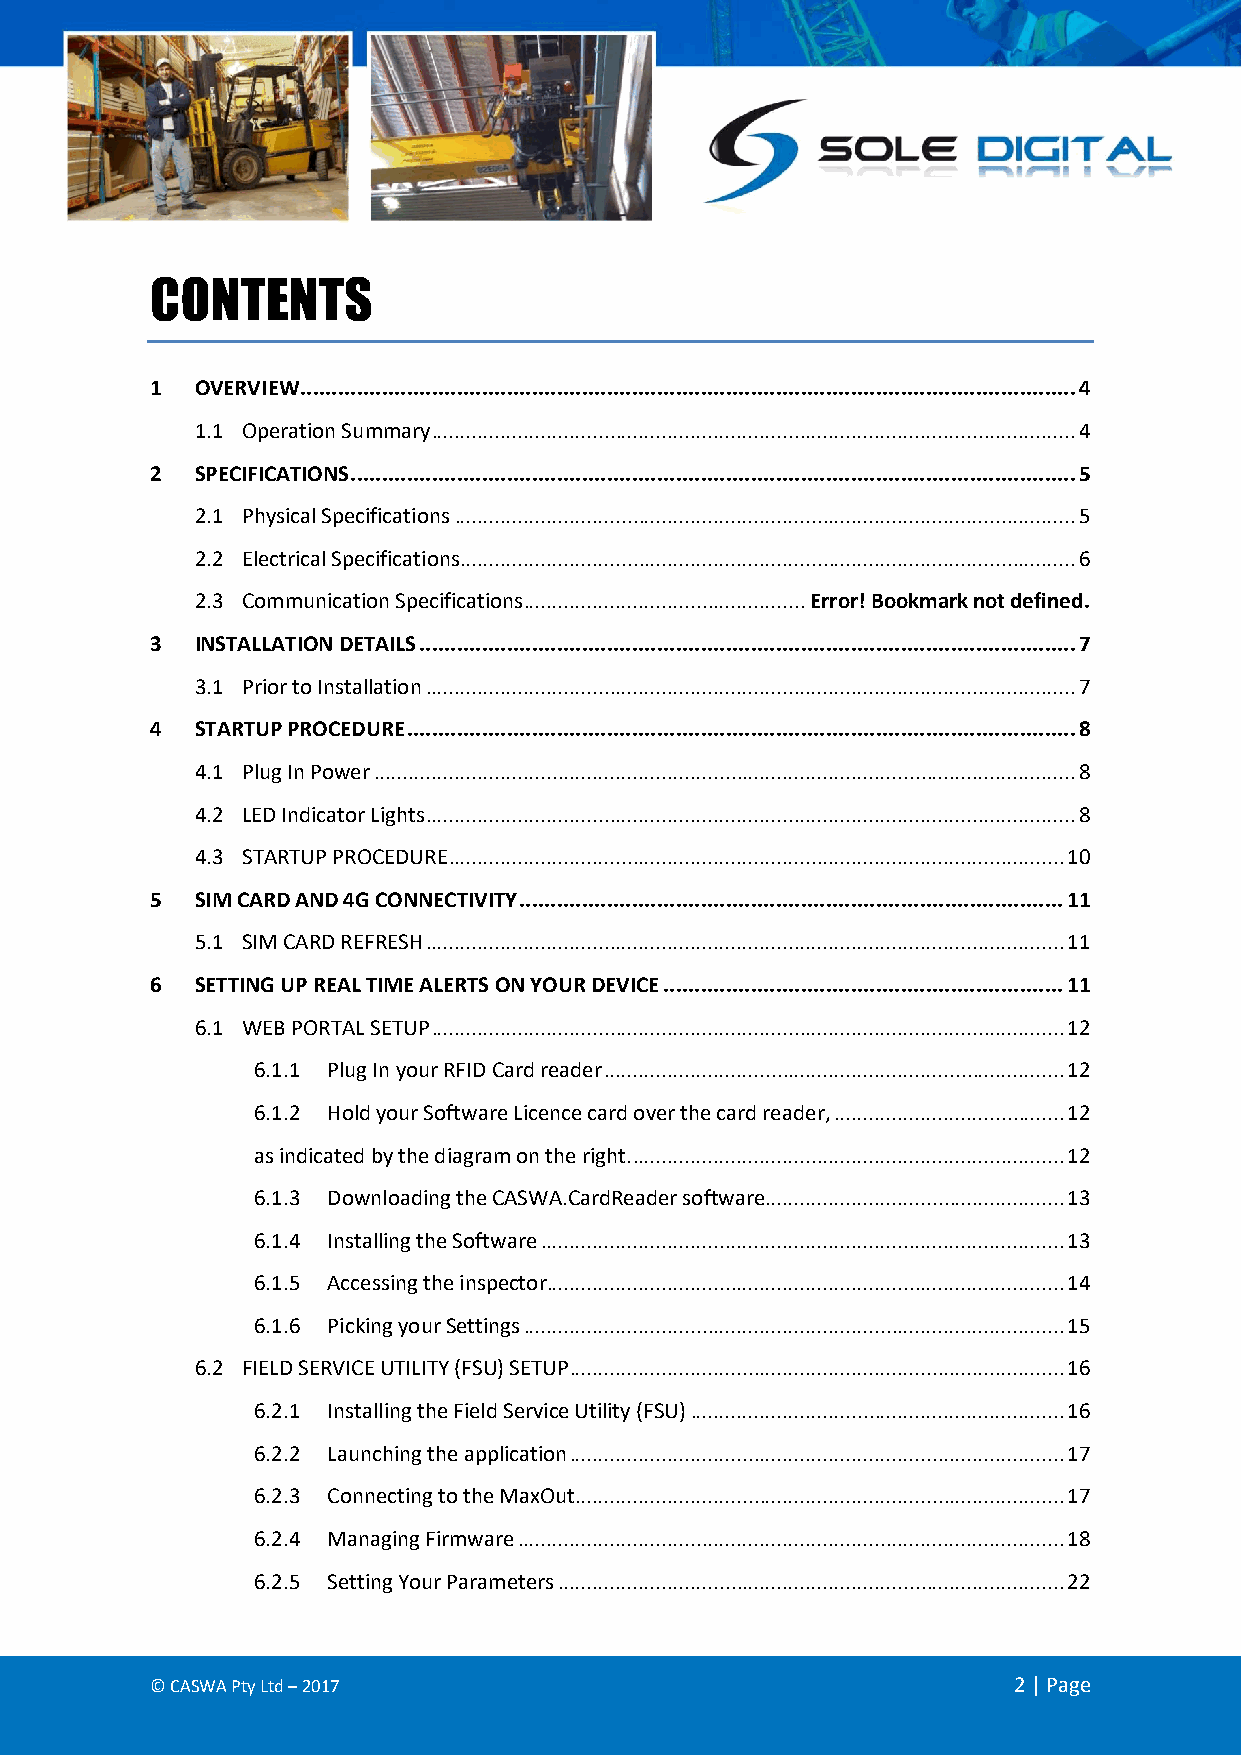
CONTENTS
 1  OVERVIEW ............................................................................................................................ 4
 1.1 Operation Summary ................................................................................................................ 4
 2  SPECIFICATIONS .................................................................................................................... 5
 2.1 Physical Specifications ............................................................................................................ 5
 2.2 Electrical Specifications ........................................................................................................... 6
 2.3 Communication Specifications ................................................. Error! Bookmark not defined.
 3  INSTALLATION DETAILS ......................................................................................................... 7
 3.1 Prior to Installation ................................................................................................................. 7
 4  STARTUP PROCEDURE ........................................................................................................... 8
 4.1 Plug In Power .......................................................................................................................... 8
 4.2 LED Indicator Lights ................................................................................................................. 8
 4.3 STARTUP PROCEDURE ........................................................................................................... 10
 5  SIM CARD AND 4G CONNECTIVITY ....................................................................................... 11
 5.1 SIM CARD REFRESH ............................................................................................................... 11
 6  SETTING UP REAL TIME ALERTS ON YOUR DEVICE ................................................................ 11
 6.1 WEB PORTAL SETUP .............................................................................................................. 12
 6.1.1 Plug In your RFID Card reader ................................................................................ 12
 6.1.2 Hold your Software Licence card over the card reader, ........................................ 12
 as indicated by the diagram on the right. ........................................................................... 12
 6.1.3 Downloading the CASWA.CardReader software .................................................... 13
 6.1.4 Installing the Software ........................................................................................... 13
 6.1.5 Accessing the inspector .......................................................................................... 14
 6.1.6 Picking your Settings .............................................................................................. 15
 6.2 FIELD SERVICE UTILITY (FSU) SETUP ...................................................................................... 16
 6.2.1 Installing the Field Service Utility (FSU) ................................................................. 16
 6.2.2 Launching the application ...................................................................................... 17
 6.2.3 Connecting to the MaxOut ..................................................................................... 17
 6.2.4 Managing Firmware ............................................................................................... 18
 6.2.5 Setting Your Parameters ........................................................................................ 22
 © CASWA Pty Ltd – 2017                                   2 | Page